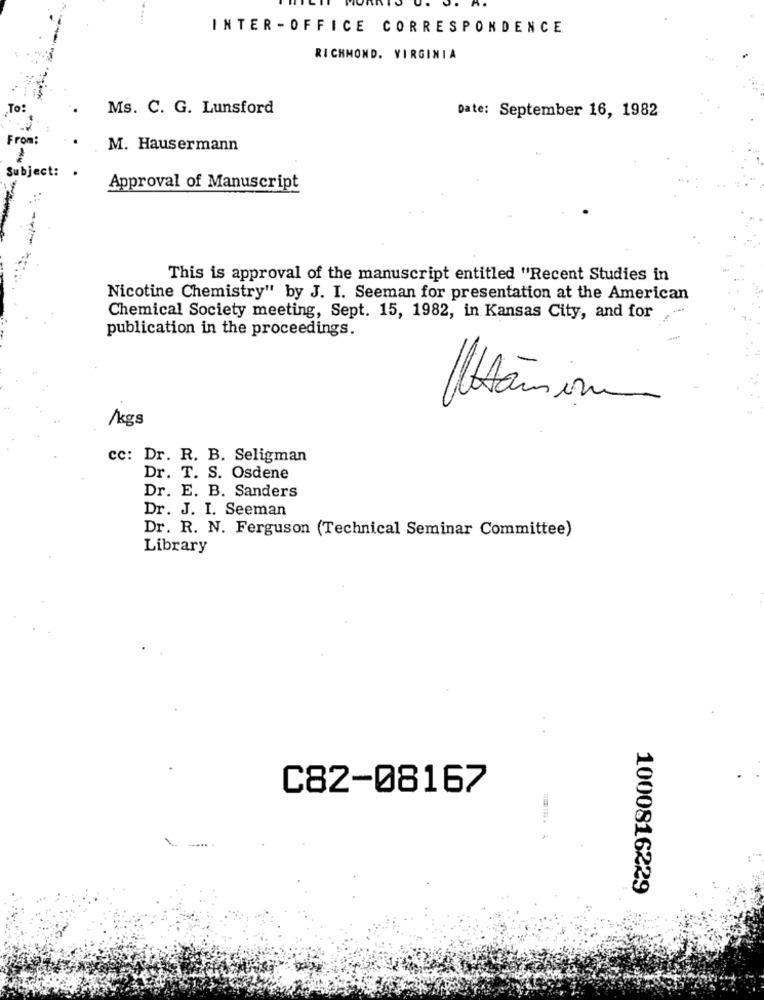
INTER -OFFICE CORRESPONDENCE
RICHMOND, VIRGINIA
To:
Ms. C. G. Lunsford
Date: September 16, 1982
From:
M. Hausermann
-
Subject:
Approval of Manuscript
This is approval of the manuscript entitled "Recent Studies in
Nicotine Chemistry" by J. I. Seeman for presentation at the American
Chemical Society meeting, Sept. 15, 1982, in Kansas City, and for
publication in the proceedings.
Atomon
/kgs
cc: Dr. R. B. Seligman
Dr. T. S. Osdene
Dr. E. B. Sanders
Dr. J. I. Seeman
Dr. R. N. Ferguson (Technical Seminar Committee)
Library
C82-08167
1000816229